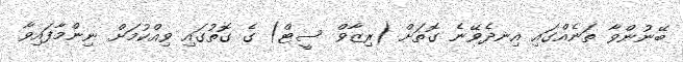
ބޭނުންވާ ތަނެއްގައި އިނދެވޭނެ ގޮތަށް (ރިޒާވް ސީޓް) ގެ ގޮތުގައި ވިއްކުމަށް ނިންމާފައިވާ